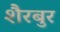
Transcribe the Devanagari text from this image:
शैरबुर